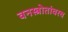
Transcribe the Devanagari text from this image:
वनस्त्रोतांवरच